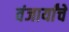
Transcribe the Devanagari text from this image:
वंजार्यांचे